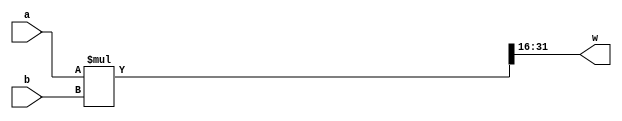
`timescale 1ns/1ns
module mult (input [15:0] a,b,output [15:0] w);
	wire [15:0] temp;
	assign {w,temp}=a*b;
endmodule